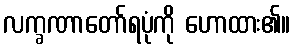
လက္ခဏာတော်ရပုံကို ဟောထား၏။